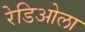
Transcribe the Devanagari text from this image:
रेडिओला